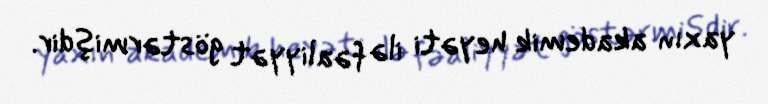
yaxın akademik heyəti ilə fəaliyyət göstərmişdir.